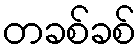
တခစ်ခစ်